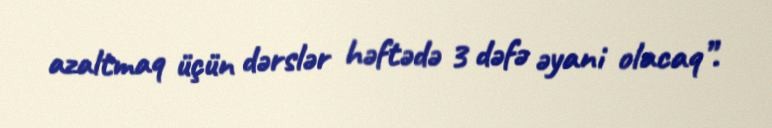
azaltmaq üçün dərslər həftədə 3 dəfə əyani olacaq”.